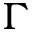
\Gamma